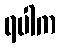
ရပါက